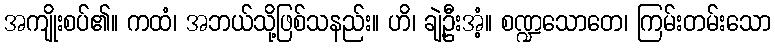
အကျိုးစပ်၏။ ကထံ၊ အဘယ်သို့ဖြစ်သနည်း။ ဟိ၊ ချဲ့ဦးအံ့။ စဏ္ဍသောတေ၊ ကြမ်းတမ်းသော